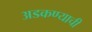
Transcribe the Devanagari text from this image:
अडकण्याची